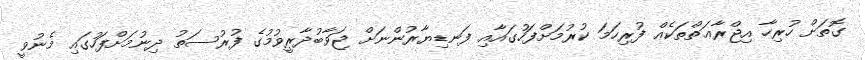
ގޮތަށް ހުރިހާ އިޖްރާޢަތްތަކެއް ފުރިހަމަ ކުރުމަށްފަހުގައާއި ފަނޑިޔާރުންނަށް ޖަވާބުދާރީވުމުގެ ފުރުސަތު ދިނުމަށްފަހުގައި މެނުވީ